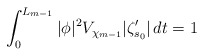
\begin{align*}\int_0^{L_{m-1}} | \phi |^2 V_{\chi_{m-1}} | \zeta_{s_0}'| \,dt = 1\end{align*}